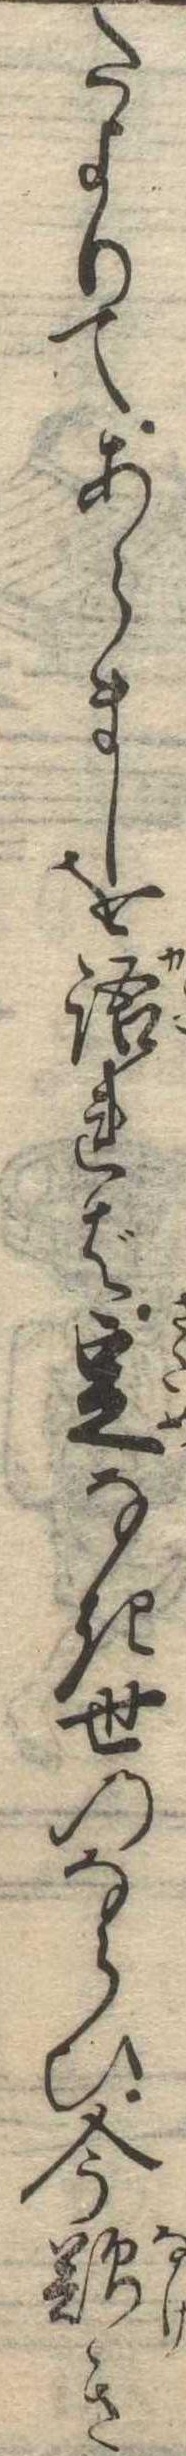
たよりてあらましを語れば定なき世のならひ今歎き